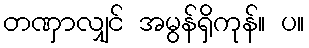
တဏှာလျှင် အမွန်ရှိကုန်။ ပ။